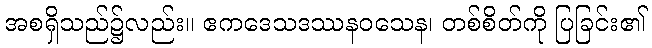
အစရှိသည်၌လည်း။ ဧကဒေသဒဿနဝသေန၊ တစ်စိတ်ကို ပြခြင်း၏